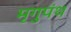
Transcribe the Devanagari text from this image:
मृगुपंथ